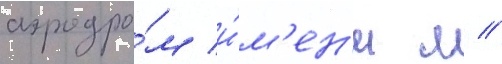
аэродро́м и́м'ен'и м //